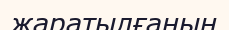
жаратылғанын